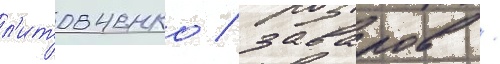
л'итовченко / заваров /